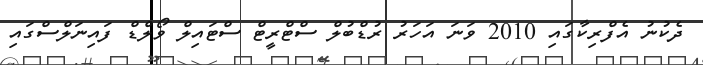
ދެކުނު އެފްރިކާގައި 2010 ވަނަ އަހަރު ރުޑްބުލް ސްޓްރީޓް ސްޓައިލް ވޯލްޑް ފައިނަލްސްގައި